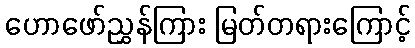
ဟောဖော်ညွှန်ကြား မြတ်တရားကြောင့်